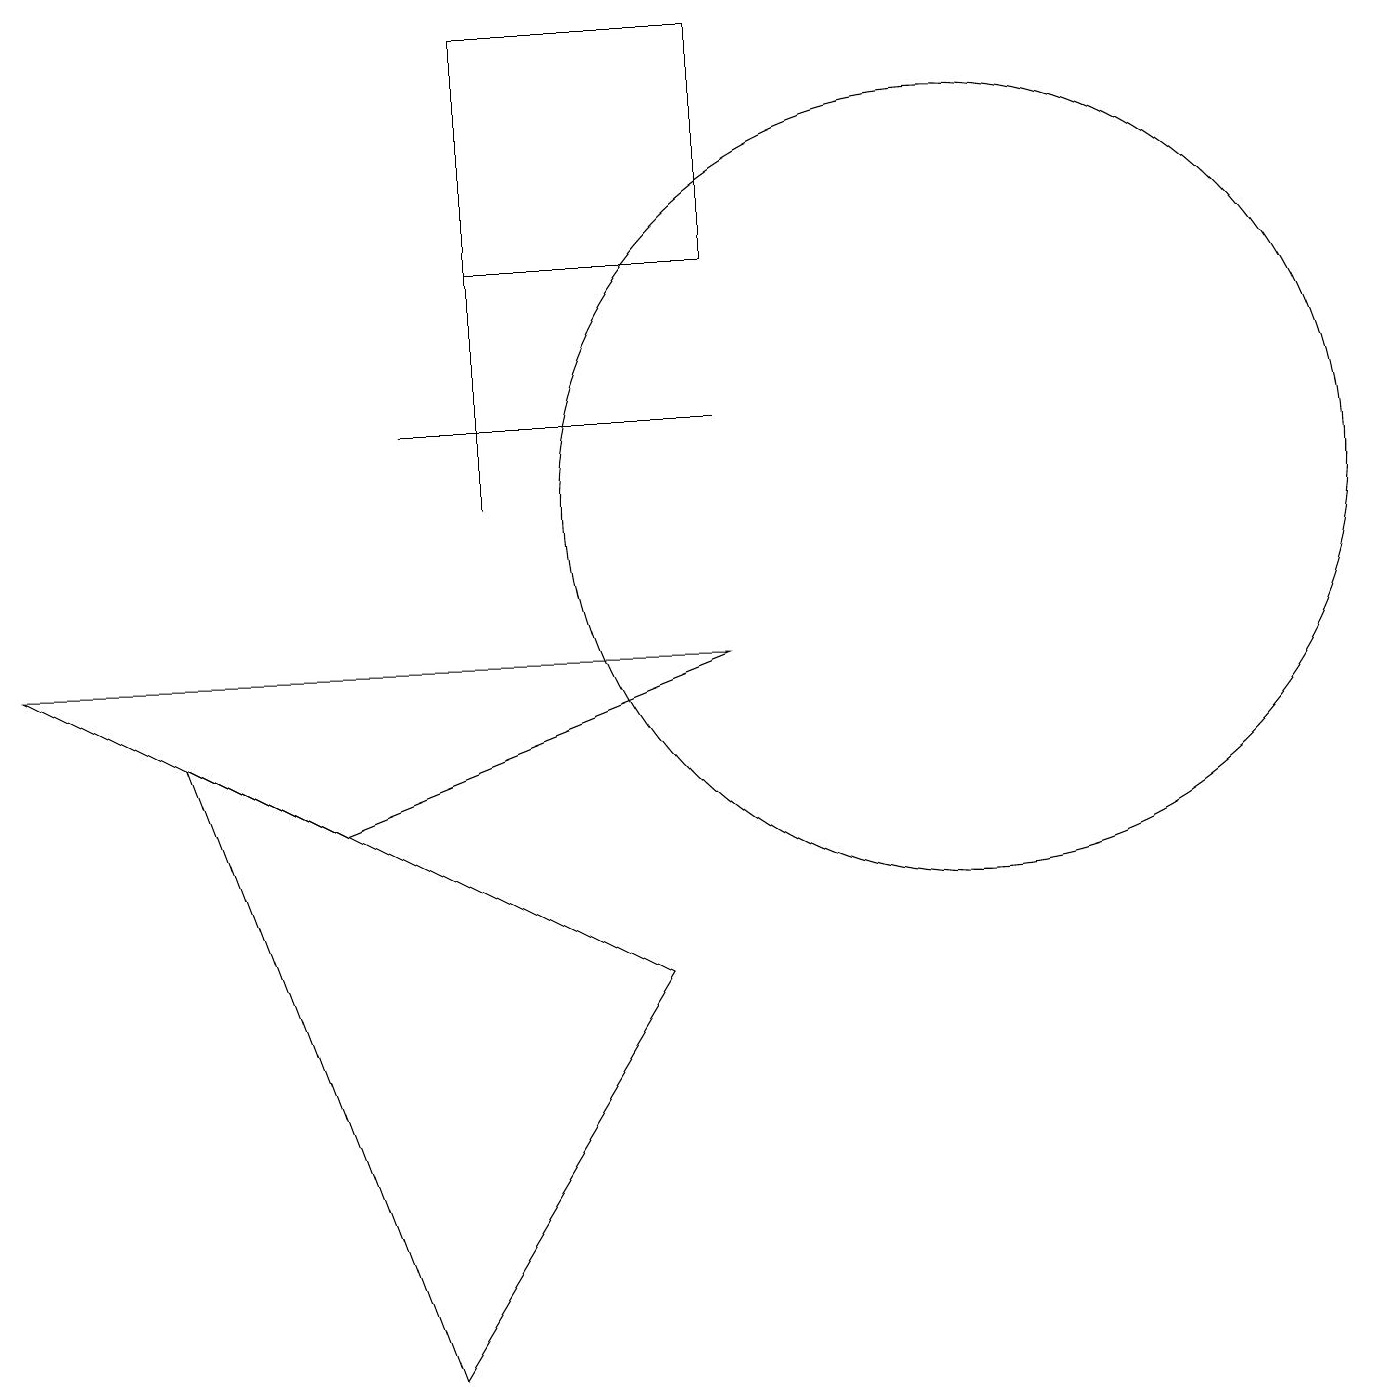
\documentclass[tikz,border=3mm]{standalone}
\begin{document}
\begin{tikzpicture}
\draw (5,12) rectangle (9,12);
\draw (4,7) -- (0,9) -- (9,9) -- cycle;
\draw (9,17) rectangle (6,14);
\draw (6,11) rectangle (6,15);
\draw (12,11) circle (5);
\draw (8,5) -- (5,0) -- (2,8) -- cycle;
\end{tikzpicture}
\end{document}